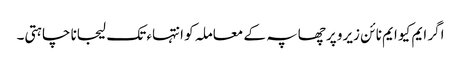
اگر ایم کیو ایم نا ئن زیرو پر چھاپہ کے معاملہ کو انتہاء تک لیجانا چاہتی۔